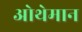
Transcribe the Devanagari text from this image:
ओथेमान